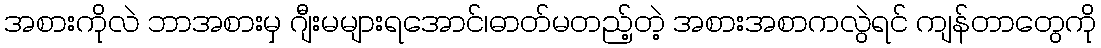
အစားကိုလဲ ဘာအစားမှ ဂျီးမများရအောင်၊ဓာတ်မတည့်တဲ့ အစားအစာကလွဲရင် ကျန်တာတွေကို